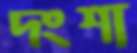
দংশা